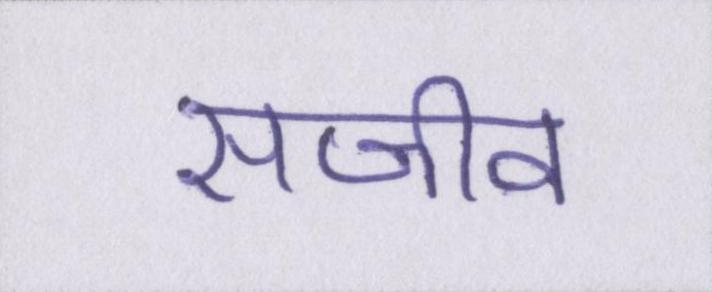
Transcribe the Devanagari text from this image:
सजीव